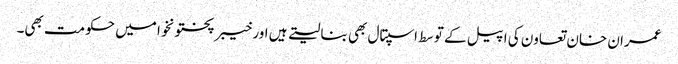
عمران خان تعاون کی اپیل کے توسط اسپتال بھی بنا لیتے ہیں اور خیبر پختونخوا میں حکومت بھی۔